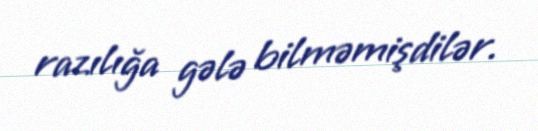
razılığa gələ bilməmişdilər.